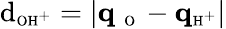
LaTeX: \textrm{d}_{\textrm{\scriptsize OH}^{+}}=|\mathbf{q}_{\mathrm{~\scriptsize~O~}}-\mathbf{q}_{\textrm{\scriptsize H}^{+}}|